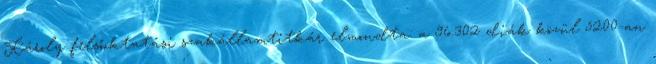
Károly felsőoktatási szakállamtitkár elmondta: a 96.302 diák közül 5200-an